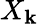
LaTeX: X_{\mathbf{k}}